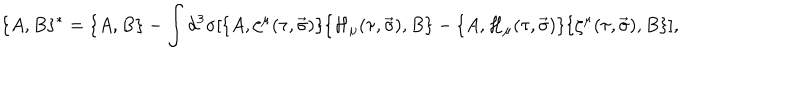
\lbrace A , B \rbrace { } ^ { * } = \lbrace A , B \rbrace - \int d ^ { 3 } \sigma [ \lbrace A , \zeta ^ { \mu } ( \tau , \vec { \sigma } ) \rbrace \lbrace { \cal H } _ { \mu } ( \tau , \vec { \sigma } ) , B \rbrace - \lbrace A , { \cal H } _ { \mu } ( \tau , \vec { \sigma } ) \rbrace \lbrace \zeta ^ { \mu } ( \tau , \vec { \sigma } ) , B \rbrace ] ,